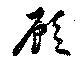
顧